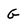
Character: G